system: You are a helpful assistant.
user:
Analyze the provided spectrum to determine if it is a **"Cataclysmic Variables (CV)"**.

- **Key Indicators for CV (Check for either state):**
    - **State 1: Quiescent / Low-State (Emission-Dominated)**
        - **(Primary):** Strong and *very broad* Hydrogen Balmer emission lines (e.g., $H\alpha$ at 6563 Å, $H\beta$ at 4861 Å). The 'broadness' (high velocity dispersion, often FWHM > 1000 km/s) is the key diagnostic, indicating a high-velocity accretion disk.
        - **(Secondary):** Broad neutral Helium (He I) emission lines (e.g., 5876 Å, 6678 Å).
        - **(Key Confirmation):** Presence of high-excitation *ionized* Helium (He II) emission at 4686 Å. This is a strong indicator of accretion onto a white dwarf.
        - **(Line Profile):** Emission lines may exhibit a 'double-peaked' profile, which is a classic signature of a rotating accretion disk viewed at high inclination.

    - **State 2: Outburst / High-State (Absorption-Dominated)**
        - **(Primary):** Spectrum is dominated by a bright, blue continuum (looks like a hot star).
        - **(Secondary):** The emission lines from State 1 are weak, absent, or 'filled in', and are replaced by broad, shallow *absorption* lines (primarily Balmer and He I).
        - **(Morphology):** The overall spectrum mimics a hot B/A-type star. The crucial difference is that the absorption lines are significantly broader, shallower, and more 'washed-out' (or 'smeared') than the sharp lines of a normal stellar photosphere, due to high rotational speeds and pressure broadening in the disk.

Think first, call **spectral_visualization_tool** if needed to examine features in detail, then provide your final answer. Your response must adhere to the following strict rules:
1.  **Overall Structure:** Your response must follow the format `<think>...</think> <tool_call>...</tool_call> (if a tool is used) <answer>...</answer>`.
2.  **Tool Usage Constraint:** You may only make **one** tool call per turn.
3.  **Final Answer Format:** In the `<answer>` tag, your conclusion must be inside a `\boxed{}` command (e.g., `\boxed{YES}`), followed by your justification.

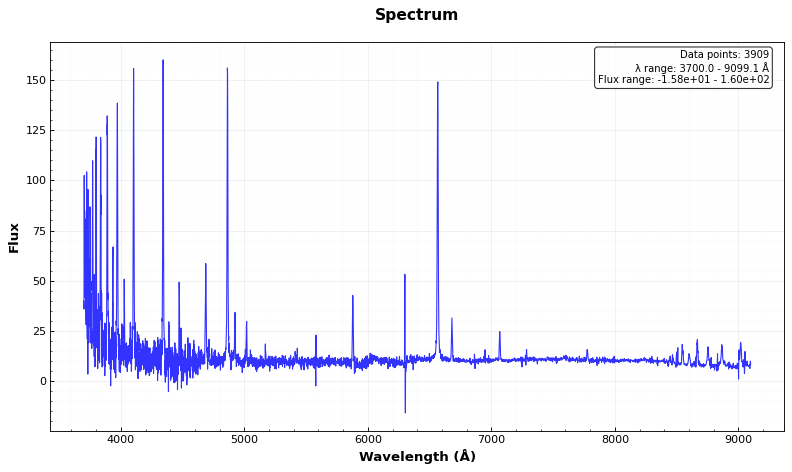
Answer: YES